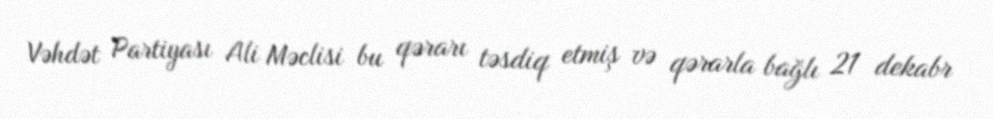
Vəhdət Partiyası Ali Məclisi bu qərarı təsdiq etmiş və qərarla bağlı 21 dekabr